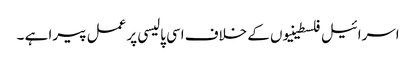
اسرائیل فلسطینیوں کے خلاف اسی پالیسی پر عمل پیرا ہے ۔